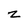
Character: z